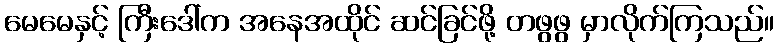
မေမေနှင့် ကြီးဒေါ်က အနေအထိုင် ဆင်ခြင်ဖို့ တဖွဖွ မှာလိုက်ကြသည်။